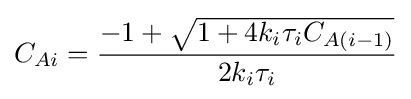
C_{Ai}={\frac {-1+{\sqrt {1+4k_{i}\tau _{i}C_{A(i-1)}}}}{2k_{i}\tau _{i}}}